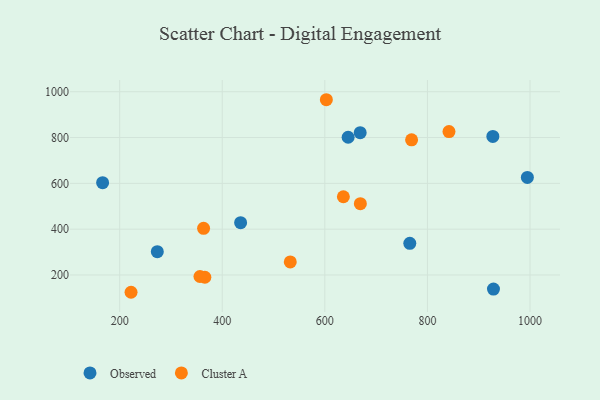
{"axis": {"x": "Speed", "y": "Fuel Efficiency"}, "legend": ["Cluster A", "Observed"], "data": [{"x": "994.8", "y": 626.0, "type": "Observed"}, {"x": "273.4", "y": 301.9, "type": "Observed"}, {"x": "166.8", "y": 603.1, "type": "Observed"}, {"x": "668.9", "y": 821.3, "type": "Observed"}, {"x": "645.4", "y": 801.3, "type": "Observed"}, {"x": "928.7", "y": 138.4, "type": "Observed"}, {"x": "927.5", "y": 804.8, "type": "Observed"}, {"x": "435.8", "y": 428.4, "type": "Observed"}, {"x": "765.6", "y": 338.2, "type": "Observed"}, {"x": "602.9", "y": 965.1, "type": "Cluster A"}, {"x": "532.6", "y": 257.1, "type": "Cluster A"}, {"x": "363.6", "y": 403.7, "type": "Cluster A"}, {"x": "842.0", "y": 826.1, "type": "Cluster A"}, {"x": "769.1", "y": 790.1, "type": "Cluster A"}, {"x": "222.2", "y": 124.5, "type": "Cluster A"}, {"x": "669.2", "y": 511.3, "type": "Cluster A"}, {"x": "636.1", "y": 541.5, "type": "Cluster A"}, {"x": "366.1", "y": 190.2, "type": "Cluster A"}, {"x": "356.5", "y": 193.4, "type": "Cluster A"}]}